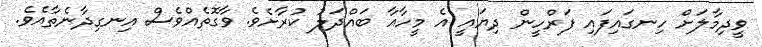
ވީދިމާލަށް ހިނގައިފައި ފަރްހީން ދިޔައީ އެ މީހާއާ ބައްދަލު ކުރާށެވެ. ވާގޮތެއްވެސް އިނގިދާނެތާއެވެ.